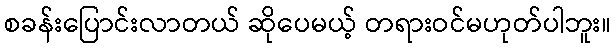
စခန်းပြောင်းလာတယ် ဆိုပေမယ့် တရားဝင်မဟုတ်ပါဘူး။